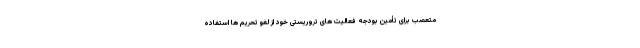
متعصب برای تأمین بودجه فعالیت های تروریستی خود از لغو تحریم ها استفاده